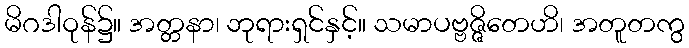
မိဂဒါဝုန်၌။ အတ္တနာ၊ ဘုရားရှင်နှင့်။ သမာပဗ္ဗဇ္ဇိတေဟိ၊ အတူတကွ